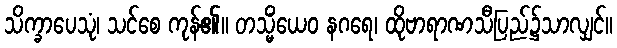
သိက္ခာပေသုံ၊ သင်စေ ကုန်၏။ တသ္မိံယေဝ နဂရေ၊ ထိုဗာရာဏသီပြည်၌သာလျှင်။